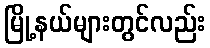
မြို့နယ်များတွင်လည်း